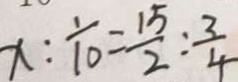
x : \frac { 1 } { 1 0 } = \frac { 1 5 } { 2 } : \frac { 3 } { 4 }